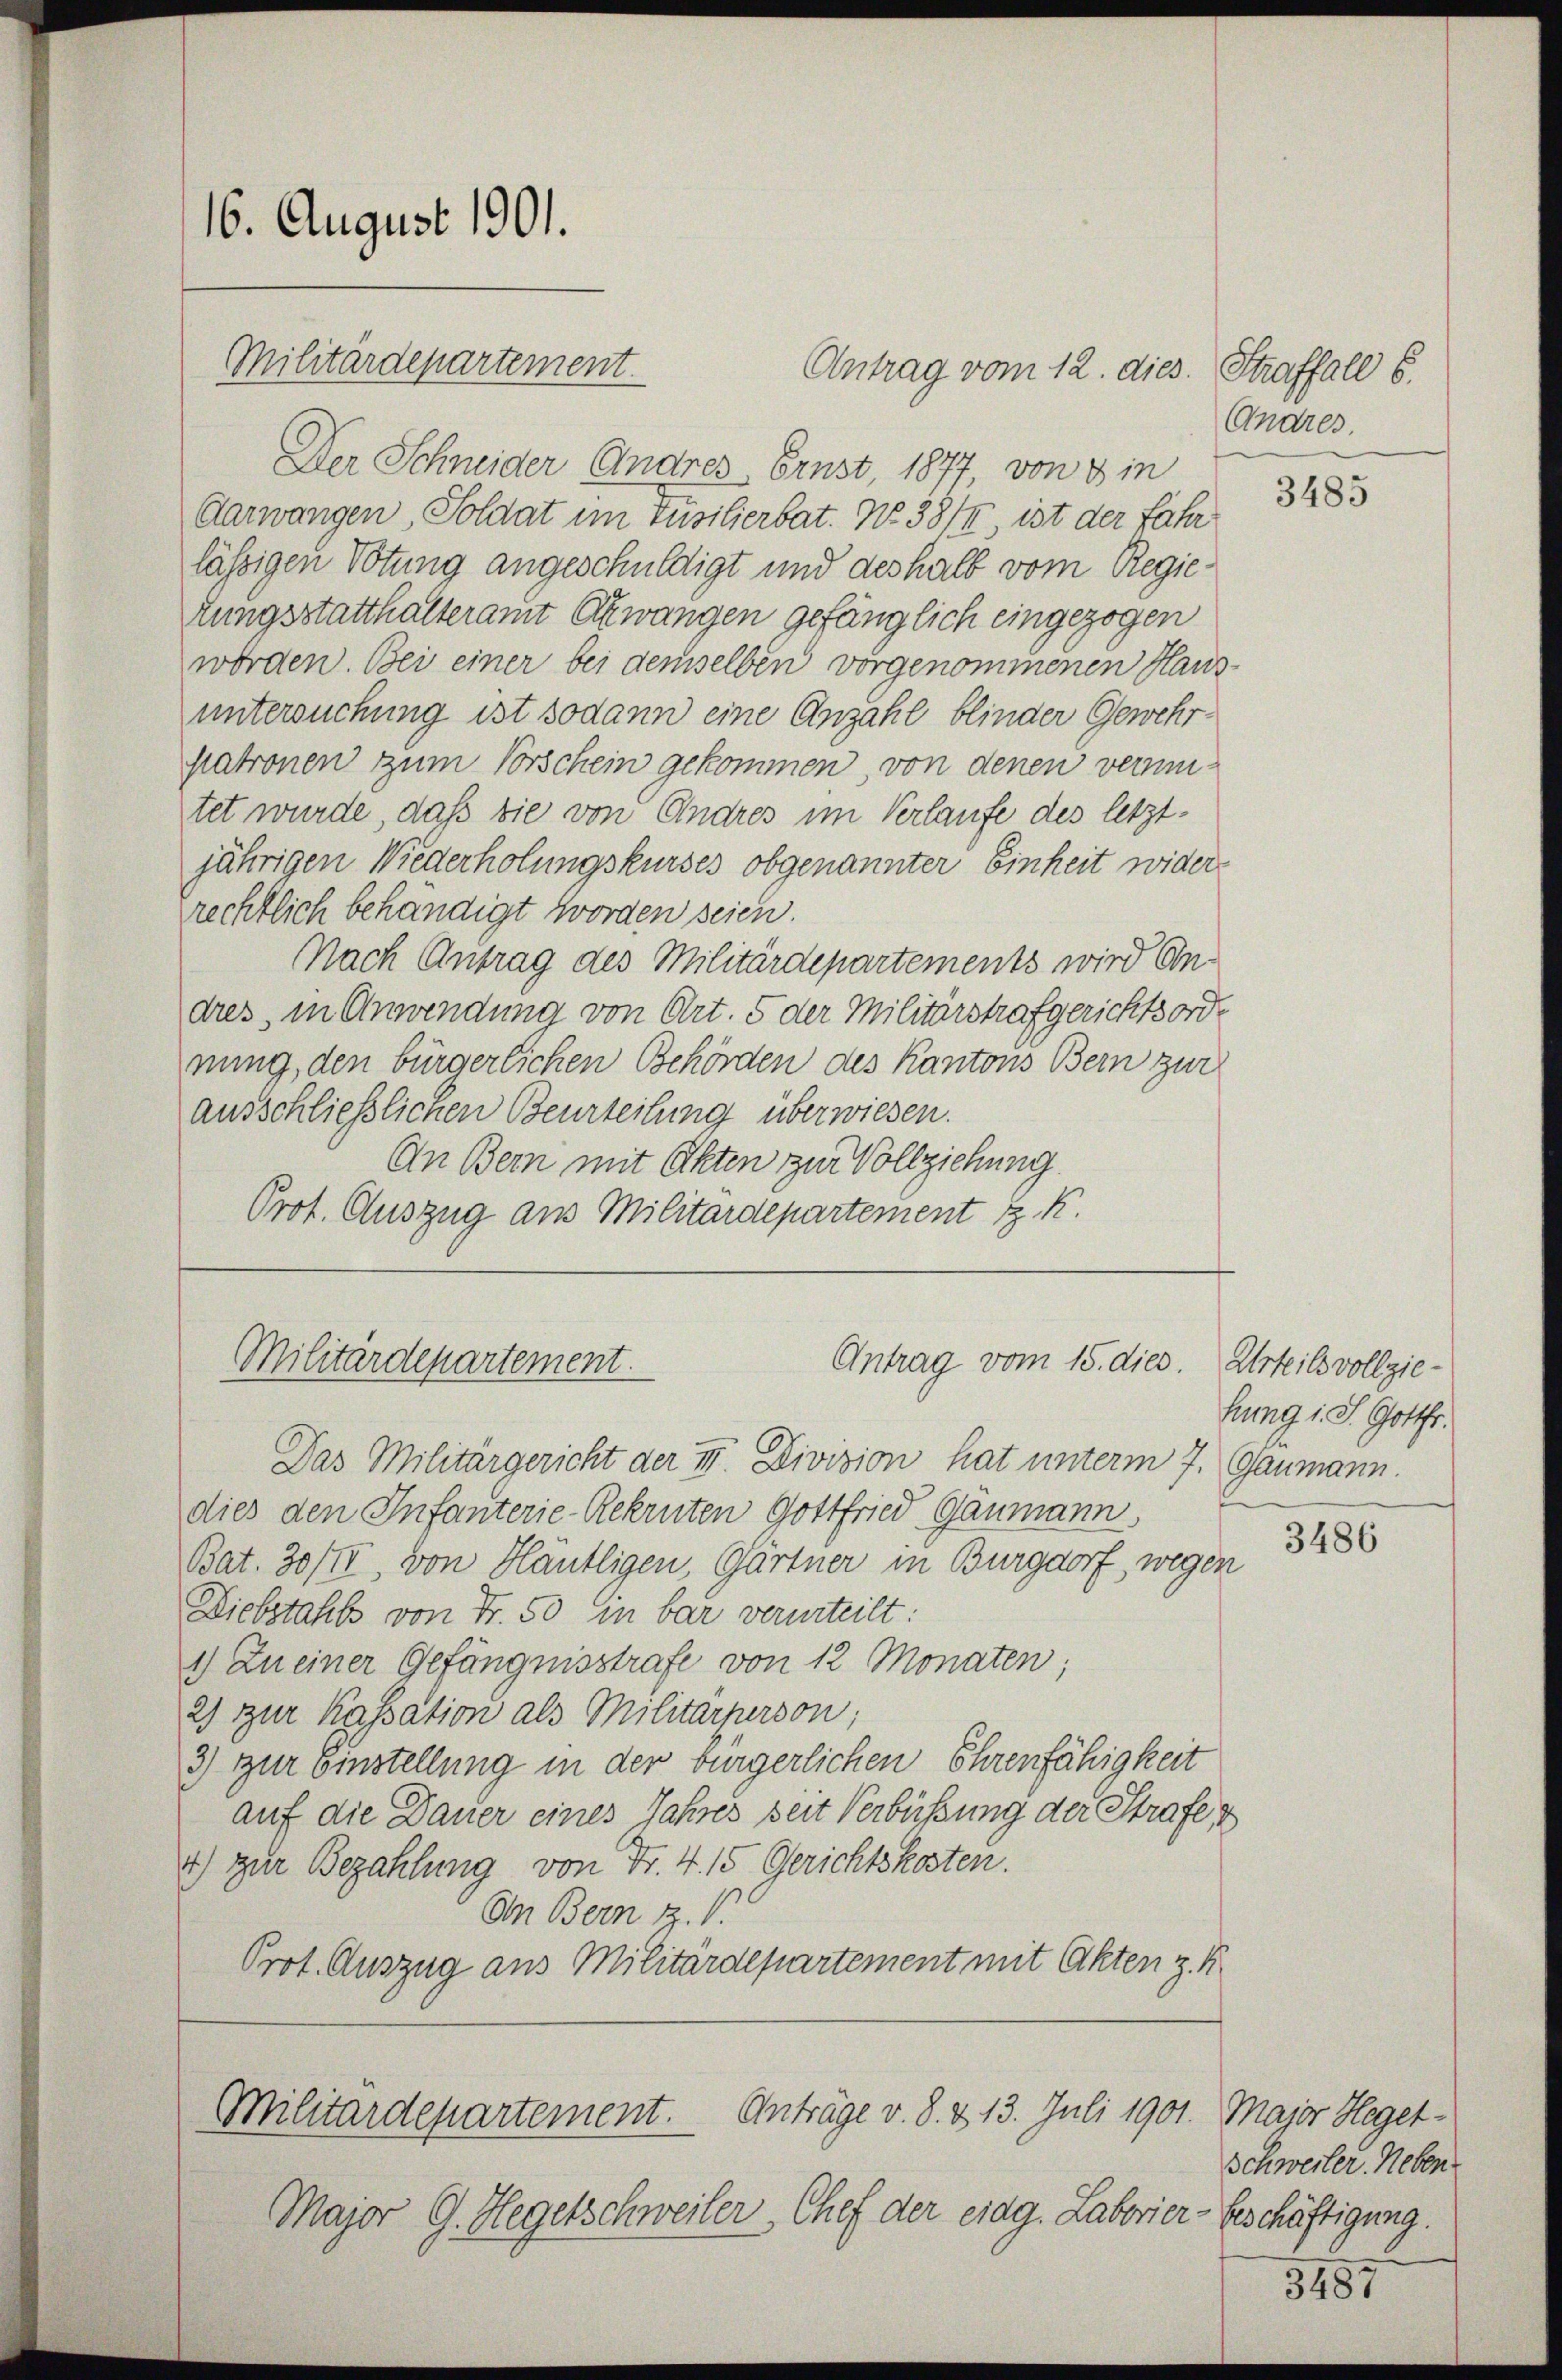
16. August 1901.
Militärdepartement.

Antrag vom 12. dies. Straffall 6.
Der Schneider Andres, Ernst, 1877, von 3 in
Aarwangen, Soldat im Füsilierbat. No 38/4 ist der Fahr
lässigen Votung angeschuldigt und deshalb vom Regietungsstatthalteramt Azwangen gefänglich eingezogen
worden. Bei einer bei demselben vorgenommenen Haus-
untersuchung ist sodann eine Anzahl blinder Gewehrpatronen zum Vorschein gekommen, von denen vermitet wurde, daß die von Andres im Verlaufe des letztjährigen Wiederholungskurses obgenannter Einheit wider-
rechtlich behändigt worden seien.
Nach Antrag des Militärdepartements wird Eindres, in Anwendung von Art. 5 der Militärstrafgerichtsord
nung, den bürgerlichen Behörden des Kantons Bern zur
ausschließlichen Beurteilung überwiesen.
An Bern mit Akten zur Vollziehung.
Prot. Auszug aus Militärdepartement J. K.

Antrag vom 15. dies.
Militärdepartement.

Das Militärgericht der II. Division hat unterm 7. Gaumann.
dies den Infanterie-Rekruten Gottfried Gaumann,
Bat. 30/II, von Hautligen, Gärtner in Burgdorf, wegen
Diebstahls von Fr. 50 in bar verurteilt:
1) Zu einer Gefängnisstrafe von 12 Monaten;
2) zur Kassation als Militärperson;
3) zur Einstellung in der bürgerlichen Ehrenfähigkeit
auf die Dauer eines Jahres seit Verbüßung der Strafe
1) zur Bezahlung von Fr. 4. 15 Gerichtskosten.
An Bern z.
Prot. Auszug aus Militärdepartement mit Akten z. B.

Militärdepartement. Anträge v. 8. & 13. Juli 1901. Major Heget¬

Major G. Hegetschweiler, Chef der eidg. Laborier-Beschäftigung.

Andres.

3485

Urteils vollziehung i. S. Gottfr.

3486

Schweiler. Neben

3487